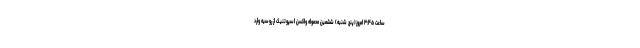
ساعت ۳:۴۵ امروز(پنج شنبه) ششمین محموله واکسن اسپوتنیک از روسیه وارد